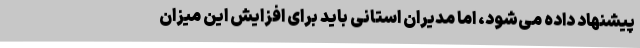
پیشنهاد داده می‌شود، اما مدیران استانی باید برای افزایش این میزان